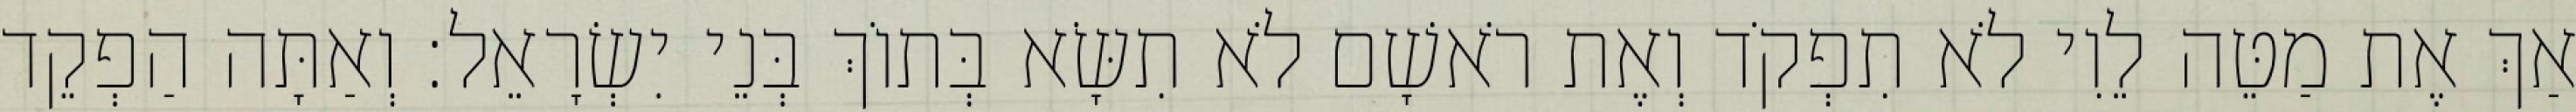
אַךְ אֶת מַטֵּה לֵוִי לֹא תִפְקֹד וְאֶת רֹאשָׁם לֹא תִשָּׂא בְּתוֹךְ בְּנֵי יִשְׂרָאֵל׃ וְאַתָּה הַפְקֵד